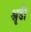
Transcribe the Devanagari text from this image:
श्रृडी